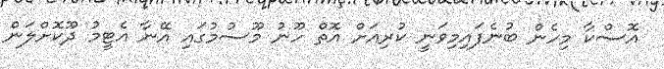
އޮސްކާ މިހެން ބުނެފައިމިވަނީ ކުރިއަށް އޮތް ހޫނު މޫސުމުގައި އޭނާ އެޓީމު ދޫކޮށްލަން